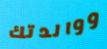
ووالدتك